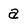
Character: a